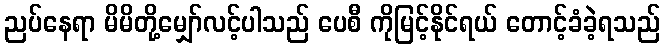
ညပ်နေရာ မိမိတို့မျှော်လင့်ပါသည် ပေစီ ကိုမြင့်နိုင်ရယ် တောင့်ခံခဲ့ရသည်